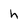
Character: h